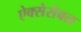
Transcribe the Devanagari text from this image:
ऐक्सेसेबल